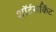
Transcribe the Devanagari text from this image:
शॉर्टसर्किट